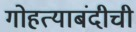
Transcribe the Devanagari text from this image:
गोहत्याबंदीची